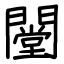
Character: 闛